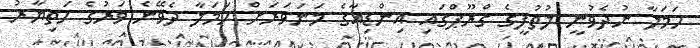
ހަމަލާ ނުދެވުނީ ލުތުފީގެ ގްރޫޕްގައި އިންޑިއާގެ މަނަވަރަށް ހަމަލާ ދެވޭނެ ވަރުގެ ހަތިޔާރު